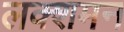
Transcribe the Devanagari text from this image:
लक्शमन